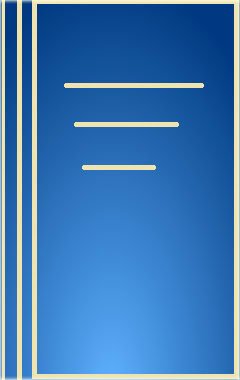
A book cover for Endometriosis: Contemporary Concepts in Clinical Management; Health, Fitness & Dieting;